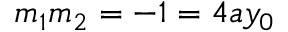
m _ { 1 } m _ { 2 } = - 1 = 4 a y _ { 0 }